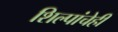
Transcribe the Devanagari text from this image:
शिल्पांचेही